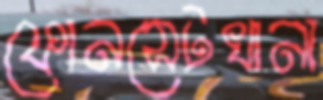
ফোনসেটখানা